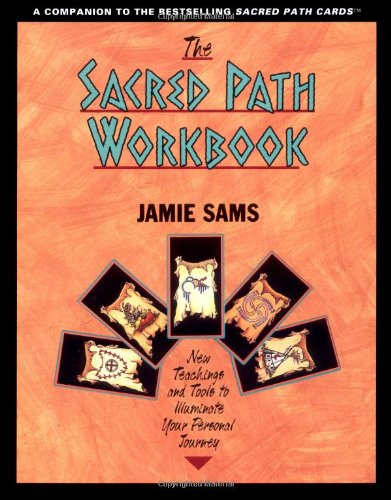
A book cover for The Sacred Path Workbook: New Teachings and Tools to Illuminate Your Personal Journey; Jamie Sams; Religion & Spirituality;